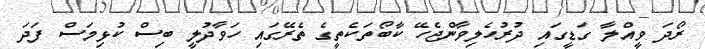
ރޯދަ ވީއްލާ ގަޑީގައި ދުރުހެލިވާންޖެހޭ ކާބޯތަކެތީގެ ތެރޭގައި ހަވާދުލީ ބިސް ކުޅިމަސް ފަދަ